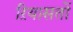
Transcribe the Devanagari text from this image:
ऱियासतों